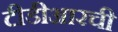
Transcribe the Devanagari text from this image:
टीडीआरची